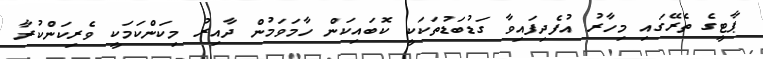
ޕާޓީގެ ތެރޭގައި މިހާރު އުފެދިފައިވާ ގަޑުބަޑުތަކަކީ ކޮބައިކަން ހާމަވަމުން ދާއިރު މިކަންކަމަކީ ވެރިކަންކުރާ